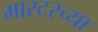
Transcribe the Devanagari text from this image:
मास्टरच्या